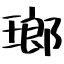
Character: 瑯